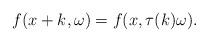
LaTeX: \begin{align*} f(x+k, \omega)= f(x, \tau(k) \omega).\end{align*}